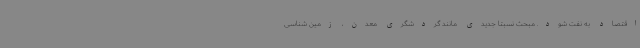
اقتصاد به نفت شود. مبحث نسبتاً جدیدی مانند گردشگری معدن، زمین شناسی